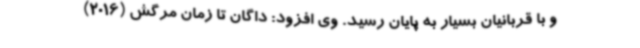
و با قربانیان بسیار به پایان رسید. وی افزود: داگان تا زمان مرگش (2016)